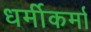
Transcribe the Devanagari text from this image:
धर्मीकर्मा